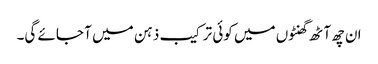
ان چھ آٹھ گھنٹوں میں کوئی ترکیب ذہن میں آ جائے گی۔